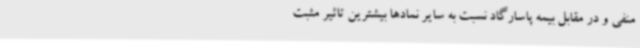
منفی و در مقابل بیمه پاسارگاد نسبت به سایر نمادها بیشترین تاثیر مثبت